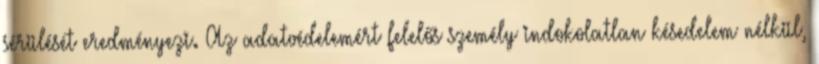
sérülését eredményezi. Az adatvédelemért felelős személy indokolatlan késedelem nélkül,